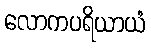
လောကပရိယာယံ